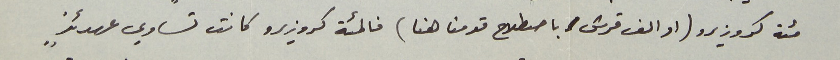
مئة كروزيرو (او الف قرش باصطلاح قومنا هنا) فالمئة كروزيرو كانت تساوي عهدئذٍ